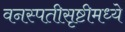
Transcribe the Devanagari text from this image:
वनस्पतीसृष्टीमध्ये